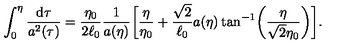
\int _ { 0 } ^ { \eta } \frac { \mathrm { d } \tau } { a ^ { 2 } ( { \tau } ) } = \frac { \eta _ { 0 } } { 2 \ell _ { 0 } } \frac { 1 } { a ( \eta ) } \biggl [ \frac { \eta } { \eta _ { 0 } } + \frac { \sqrt { 2 } } { \ell _ { 0 } } a ( \eta ) \tan ^ { - 1 } \biggl ( \frac { \eta } { \sqrt { 2 } \eta _ { 0 } } \biggr ) \biggr ] .